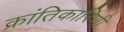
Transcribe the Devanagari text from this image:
क्रांतिकारिणी